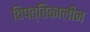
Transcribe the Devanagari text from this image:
विपत्तिकालीन